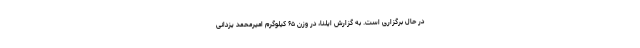
در حال برگزاری است. به گزارش ایلنا، در وزن ۶۵ کیلوگرم امیرمحمد یزدانی